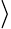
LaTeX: \rangle